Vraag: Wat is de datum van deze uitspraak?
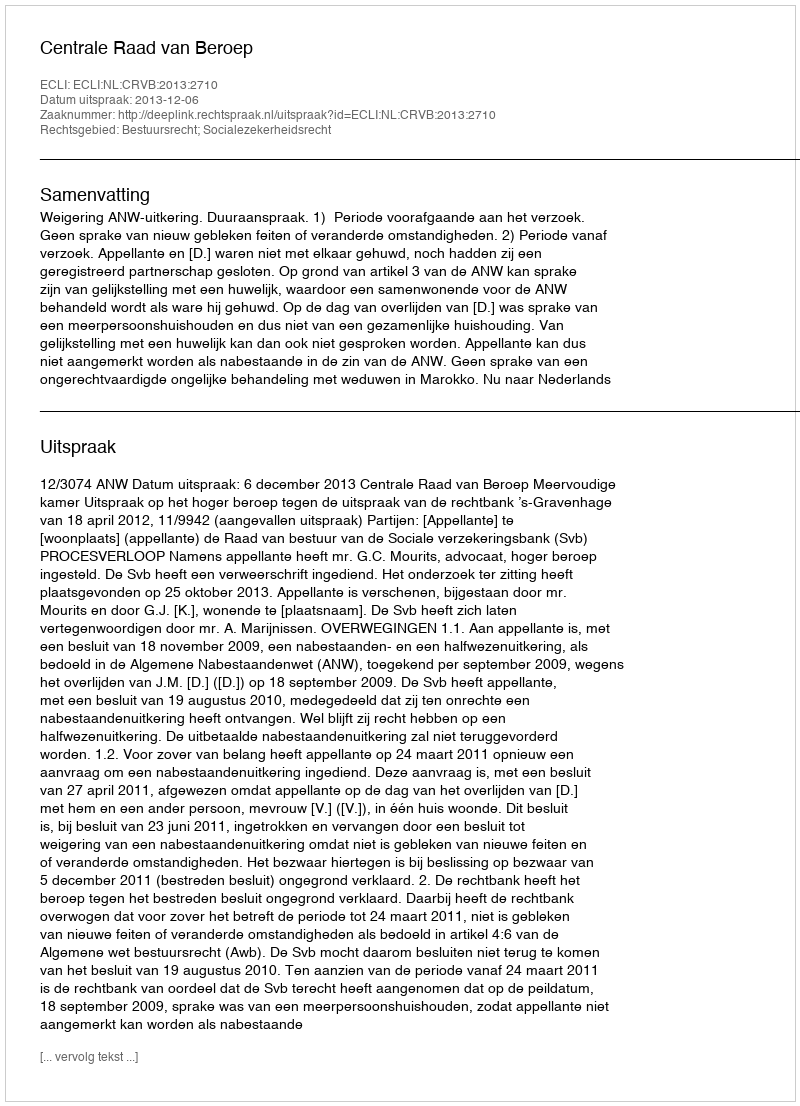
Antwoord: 2013-12-06